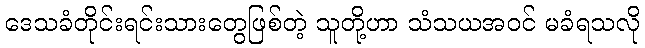
ဒေသခံတိုင်းရင်းသားတွေဖြစ်တဲ့ သူတို့ဟာ သံသယအဝင် မခံရသလို